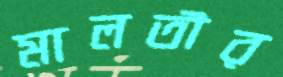
মালতীর